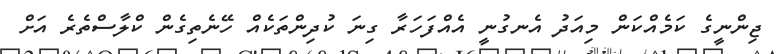
ޖިންނީގެ ކަމެއްކަން މިއަދު އެނގުނީ އެއްފަހަރާ ގިނަ ކުދިންތަކެއް ހޭނެތިގެން ކްލާސްތެރެ އަށް